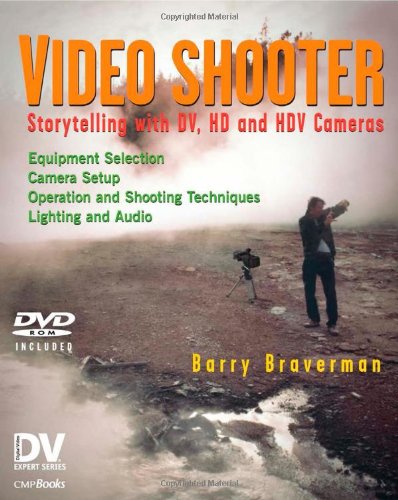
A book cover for Video Shooter: Storytelling with DV, HD, and HDV Cameras; DV Expert Series; Barry Braverman; Humor & Entertainment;